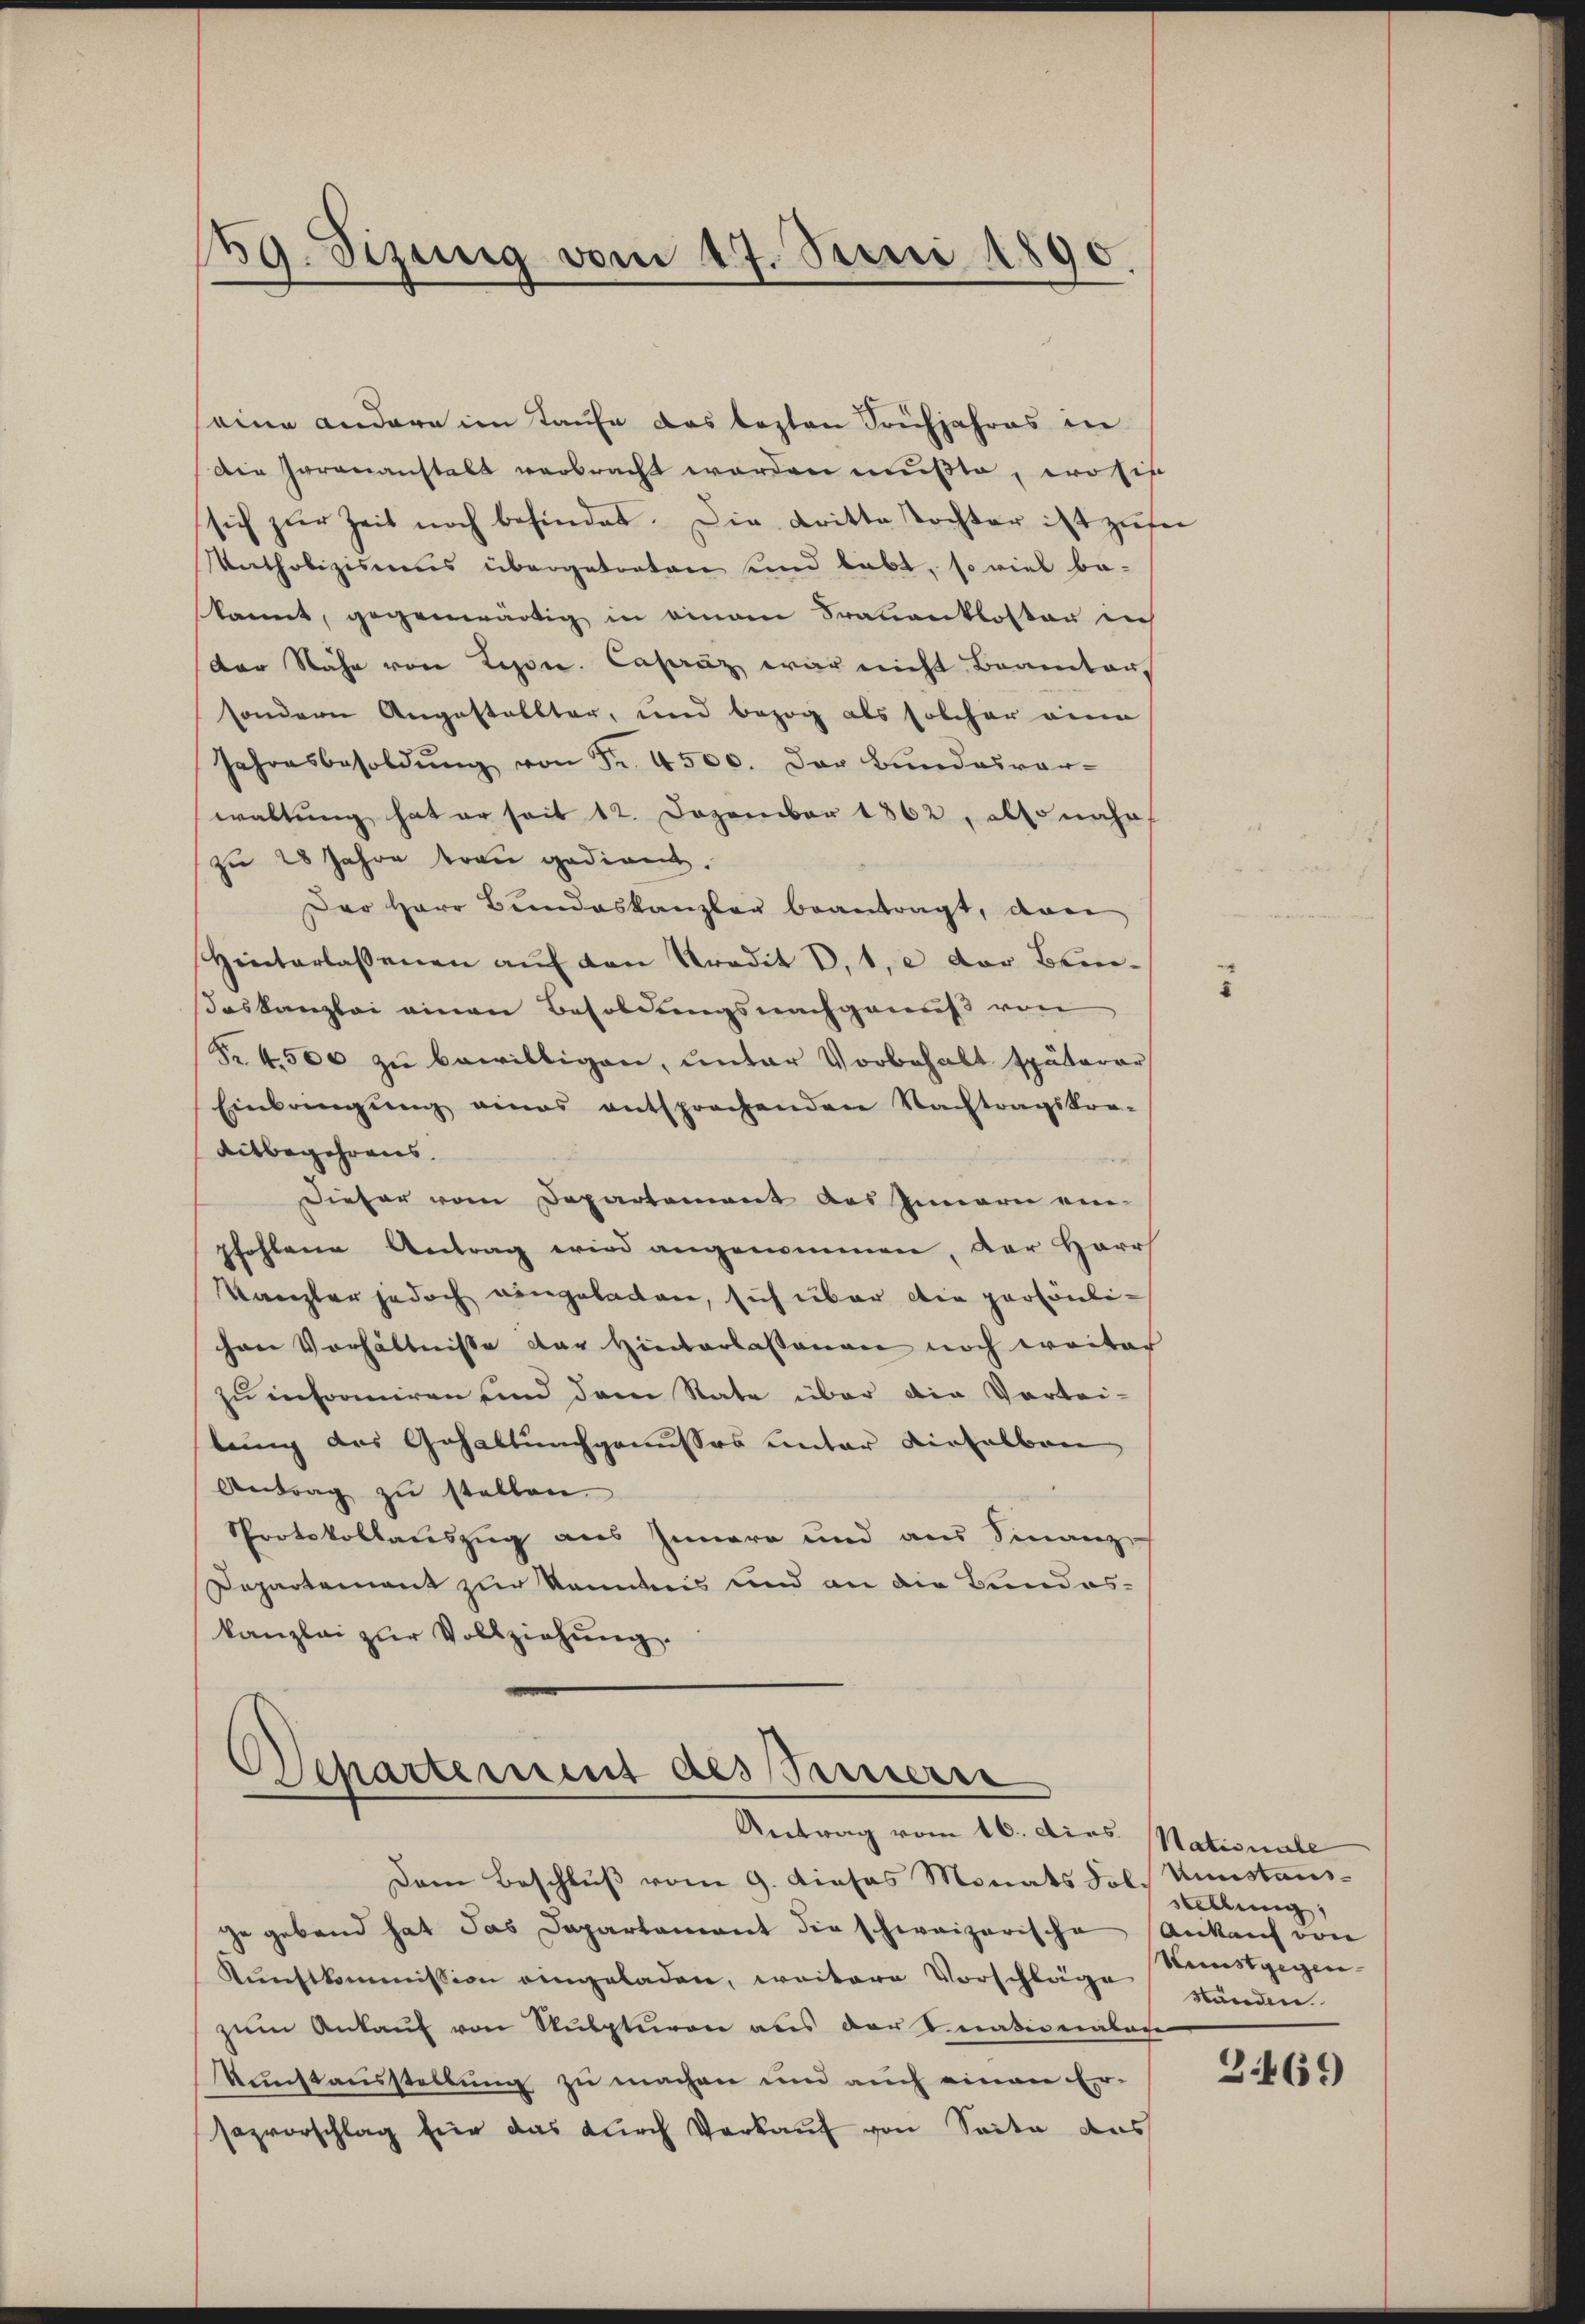
seine andere im Taufe das lezten Frühjahres in
Die Garananstalt verbracht worden mußte, wo sie
sich zur Zeit noch befindet. Die Dritte Tochter ist zufer
Katholizismus übergetreten und lebt, so viel ba-
kannt, gegenwärtig in einem Trauenkloster ich
der Nähe von Lesen. Caseräz war nicht Beamter
sondern Angestalltar, und bezog als solcher eine
Jahresbesoldŭng von Fr. 4500. Der Bŭndesver-
waltung hat er seit 12. Dezember 1862, also nahe
zu 28 Jahre treu gedient.
Der Herr Bŭndeskanzler beantragt, von
Hinterlassenen aŭf den Kredit V. 1, e der Bendaskanzlei einen Besoldungsnachgewiß von
Nr. 4500 zu bewilligen, unter Vorbehalt späterer
Einlangŭng eines entsprechenden Nachtragskre-
ditbegehrens.
Dieser vom Departement des Innern ein-
pfohlene Antrag wird angenommen, der Herrs
Kanzler jedoch eingeladen, sich über die persönlihen Verhältnisse der Hinterlassenen noch weiter
zu informiren und dem Nate über die Vortei-
lung des Gehaltungenusses unter Verhalban
Antrag zŭ stellen.
Protokollauszug aus Innern und aus Sinanzich
Departement zur Kenntnis und an die Bundeskanzlei zur Vollziehung.

139. Sizung vom 17. Juni 1890.

Separtement als Sinnern
Antrag vom 16. dies Stationale

Dem Beschluß vom 9. Dieses Monats Fol. Kunstausgegebend hat das Departement die schweizerische Ankauf von
Kunstkommission eingeladen, weitere Vorschläge wunden
zŭm Ankaŭf von Nupturen aus der nativenabac
Kunstausstellung zu machen und auch einen Ersazvorschlag für das durch Verkauf von Seite das

5

stellung
Neustgegen

3469